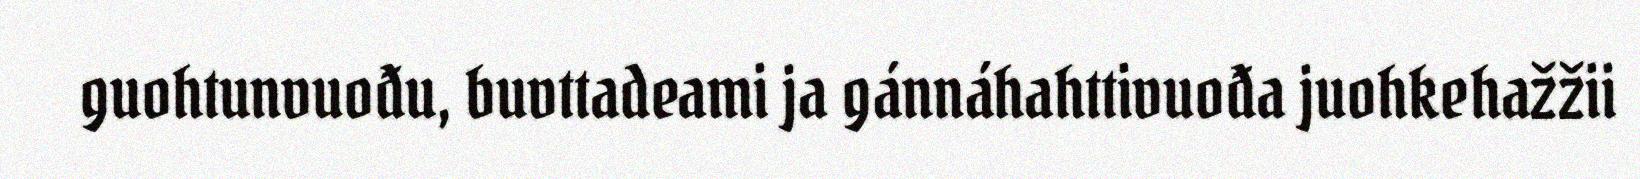
guohtunvuođu, buvttadeami ja gánnáhahttivuođa juohkehažžii